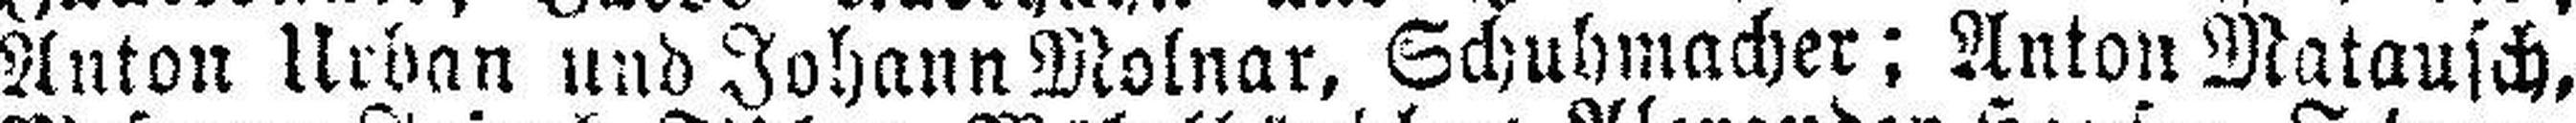
Anton Urban und Johann Molnar, Schuhmache; Anton Matausch,